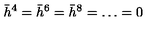
\bar { h } ^ { 4 } = \bar { h } ^ { 6 } = \bar { h } ^ { 8 } = \ldots = 0